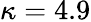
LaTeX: \kappa=4.9